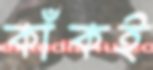
কাঁকই